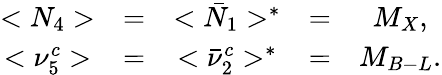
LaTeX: \begin{array}{ccccc}{{<N_{4}>}}&{{=}}&{{<\bar{N}_{1}>^{*}}}&{{=}}&{{M_{X},}}\\ {{<\nu_{5}^{c}>}}&{{=}}&{{<\bar{\nu}_{2}^{c}>^{*}}}&{{=}}&{{M_{B-L}.}}\end{array}